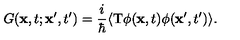
G ( { \bf x } , t ; { \bf x ^ { \prime } } , t ^ { \prime } ) = { \frac { i } { \hbar } } \langle \mathrm { T } \phi ( { \bf x } , t ) \phi ( { \bf x ^ { \prime } } , t ^ { \prime } ) \rangle .